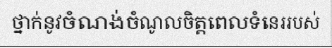
ថ្នាក់នូវចំណង់ចំណូលចិត្តពេលទំនេររបស់